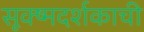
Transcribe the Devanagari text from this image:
सूक्ष्मदर्शकाची